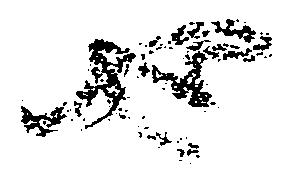
也